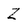
Character: Z